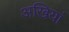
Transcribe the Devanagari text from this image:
अखियां